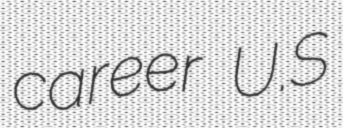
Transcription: career U.S